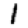
Digit: 1